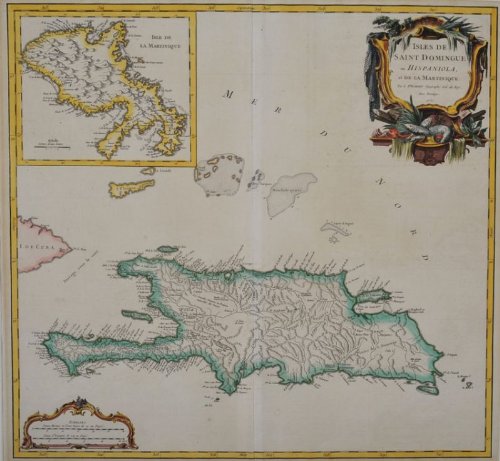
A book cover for Isles De Saint Domingue ou Hispaniola, et De La Martinique [with Haiti and special highlight map of Martinique within the print].; Gilles Robert de. (1688 - 1766) Vaugondy; Travel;